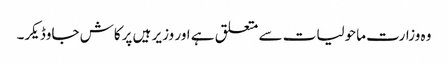
وہ وزارت ماحولیات سے متعلق ہے اور وزیر ہیں پرکاش جاوڈیکر۔